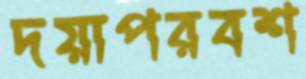
দয়াপরবশ